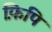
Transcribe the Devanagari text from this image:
फ़िपि